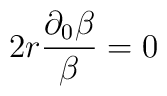
2r \frac{\partial_0 \beta}{\beta} = 0